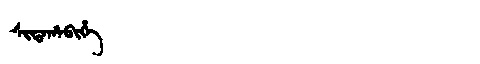
Manchu: ᠰᡳᡩᠠᡥᠠᠪᡳᡥᡝ
Romanization: SIDAHABIHE